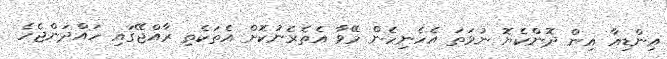
އިންޑިއާ އިން ދޮންކެޔޮ ނުވަތަ އެހެނިހެން މޭވާ އެތެރެނުކޮށް އެތަކެތި ރާއްޖޭގައި ހައްދަންޖެހެ